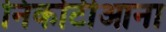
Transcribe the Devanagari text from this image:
निकोटीआना